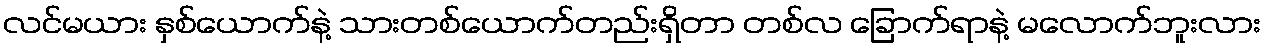
လင်မယား နှစ်ယောက်နဲ့ သားတစ်ယောက်တည်းရှိတာ တစ်လ ခြောက်ရာနဲ့ မလောက်ဘူးလား